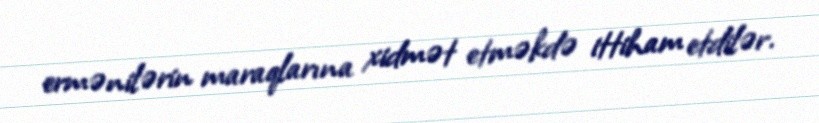
ermənilərin maraqlarına xidmət etməkdə ittiham etdilər.